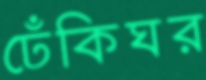
ঢেঁকিঘর